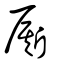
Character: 厮